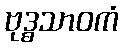
ဗုဒ္ဓသာဝကံ